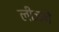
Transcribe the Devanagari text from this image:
लीजने